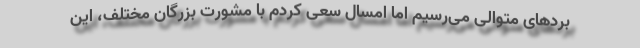
بردهای متوالی می‌رسیم اما امسال سعی کردم با مشورت بزرگان مختلف، این